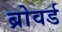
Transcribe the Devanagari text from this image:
ब्रोवर्ड